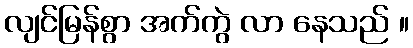
လျင်မြန်စွာ အက်ကွဲ လာ နေသည် ။